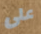
على